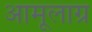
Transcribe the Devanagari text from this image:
अामूलाग्र